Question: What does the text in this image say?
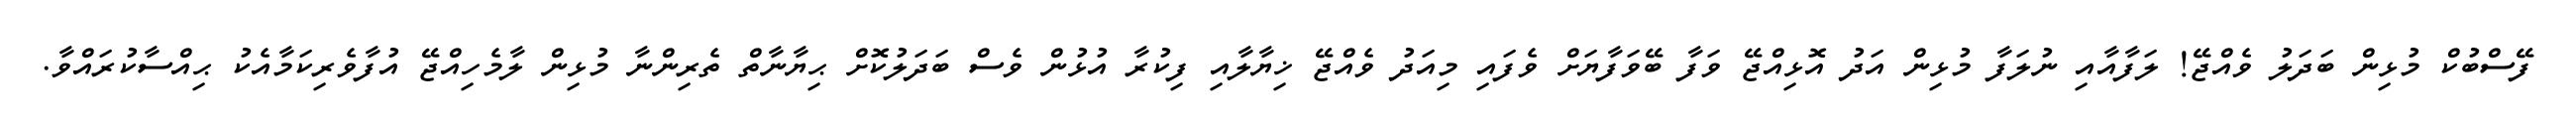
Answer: ފޭސްބުކް މުޅިން ބަދަލު ވެއްޖޭ! ލަފާއާއި ނުލަފާ މުޅިން އަދު އޮޅިއްޖޭ ވަފާ ބޭވަފާޔަށް ވެފައި މިއަދު ވެއްޖޭ ޚިޔާލާއި ފިކުރާ އުޅުން ވެސް ބަދަލުކޮށް ޙިޔާނާތް ތެރިންނާ މުޅިން ލާމެހިއްޖޭ އުފާވެރިކަމާއެކު ޙިއްސާކުރައްވާ.